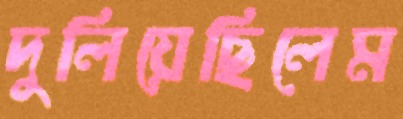
দুলিয়েছিলেম